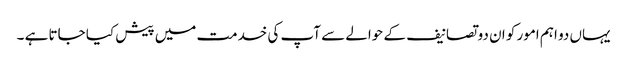
یہاں دو اہم امور کو ان دو تصانیف کے حوالے سے آپ کی خدمت میں پیش کیا جاتا ہے ۔